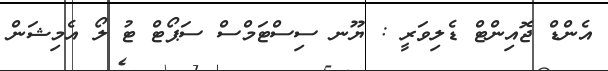
އެންޑް ޖޮއިންޓް ޑެލިވަރީ : ޔޫނ ސިސްޓަމްސް ސަޕޯޓް ޓު ލޯ އެމިޝަން